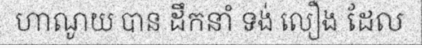
ហាណូយ បាន ដឹកនាំ ទង់ លឿង ដែល